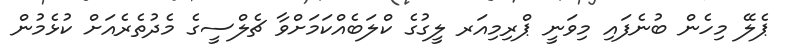
ޕެލޭ މިހެން ބުނެފައި މިވަނީ ޕްރިމިއަރ ލީގުގެ ކްލަބެއްކަމަށްވާ ޗެލްސީގެ މެދުތެރެއަށް ކުޅެމުން